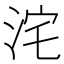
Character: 𭰓